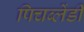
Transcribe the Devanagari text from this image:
पिचब्लेंडी